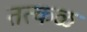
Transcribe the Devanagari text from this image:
तत्कळ